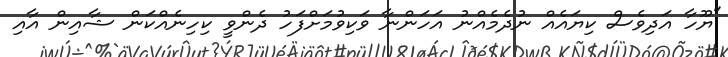
"ޔޫހާ އަދިވެސް ކިޔައެއް ނުދެމެއްނު އަހަންނާ ވަކިވުމަށްފަހު ދެންވީ ކިހިނެއްކަން ޝާއިން އާއި